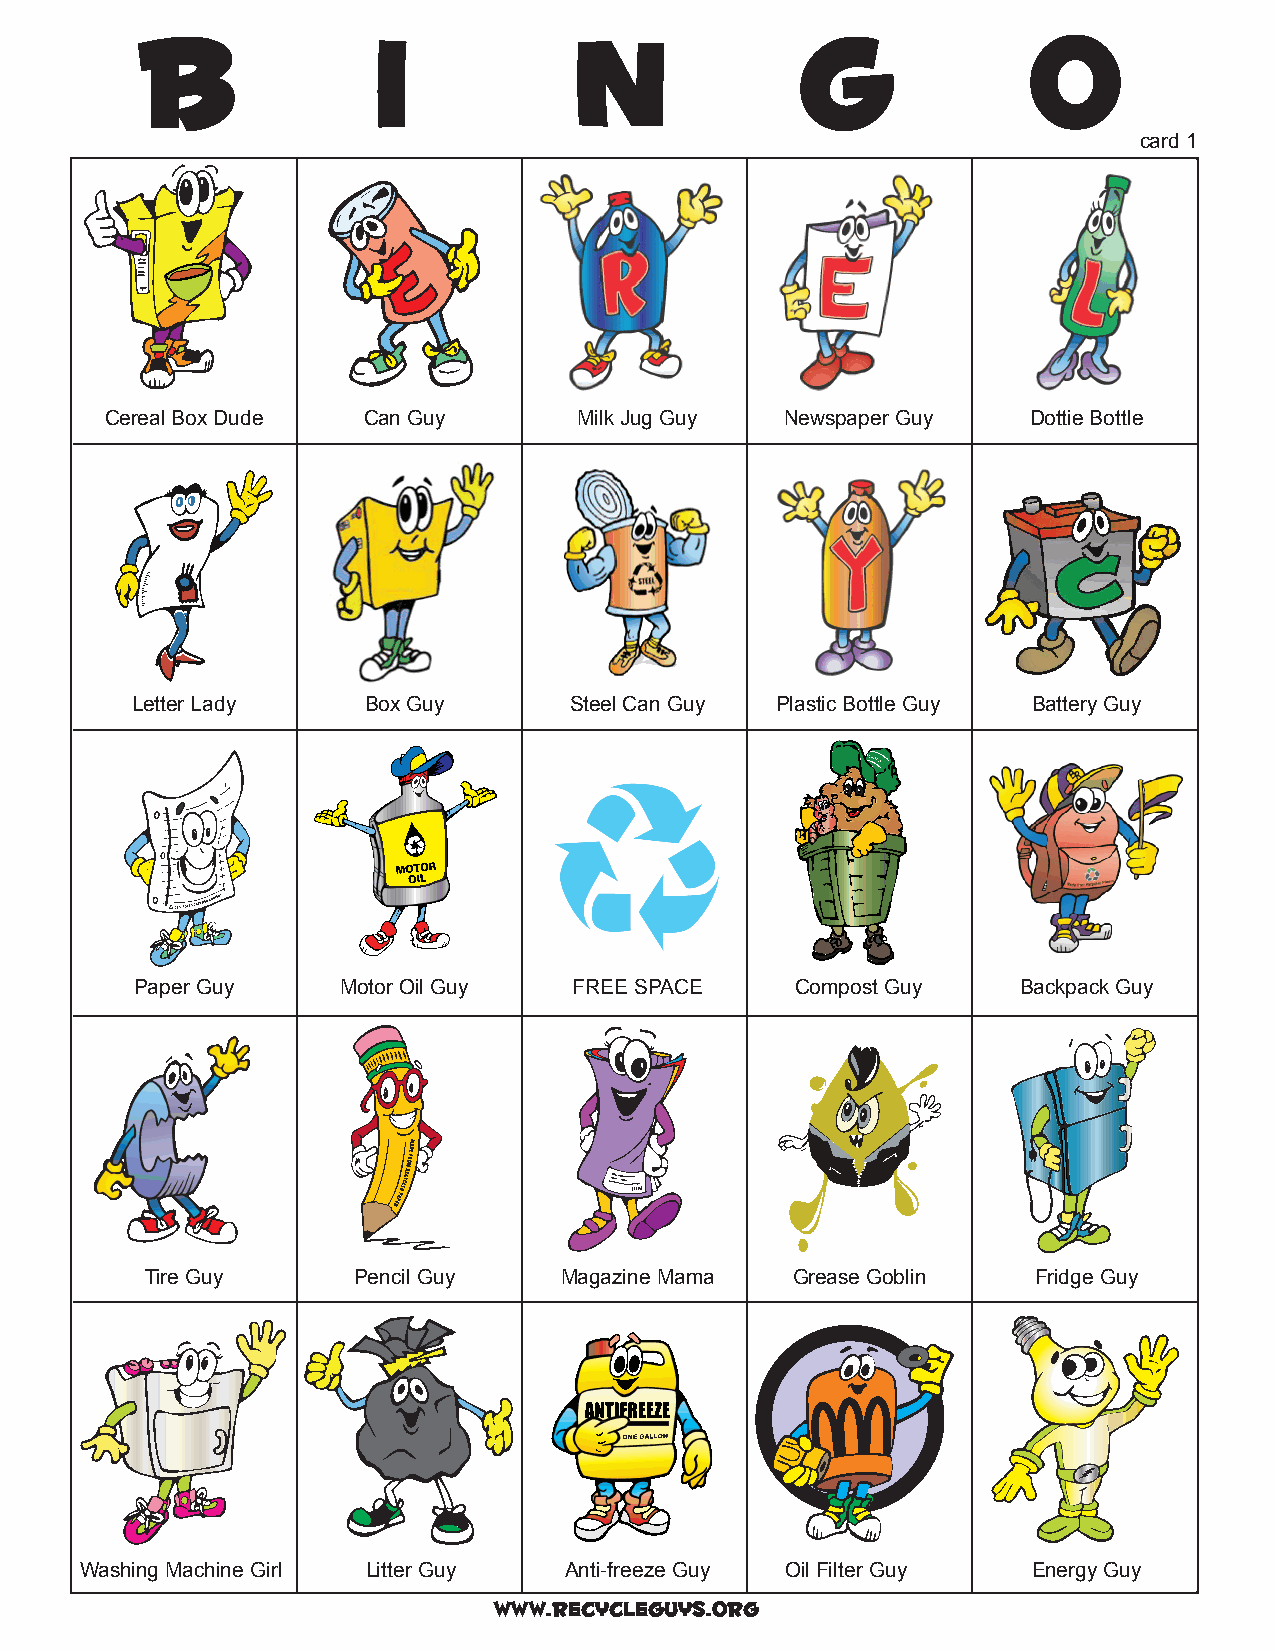
card 1
 Cereal Box Dude  Can Guy       Milk Jug Guy  Newspaper Guy   Dottie Bottle
 Letter Lady    Box Guy       Steel Can Guy Plastic Bottle Guy Battery Guy
 Paper Guy     Motor Oil Guy  FREE SPACE     Compost Guy   Backpack Guy
 Tire Guy     Pencil Guy    Magazine Mama  Grease Goblin    Fridge Guy
 Washing Machine Girl Litter Guy Anti-freeze Guy Oil Filter Guy Energy Guy
 www.recycleguys.org